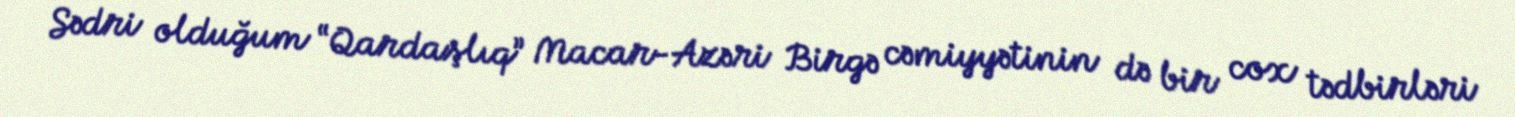
Sədri olduğum “Qardaşlıq” Macar-Azəri Birgə cəmiyyətinin də bir cox tədbirləri